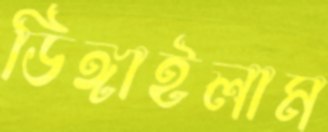
ডিঙ্গাইলাম